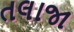
તલાજા